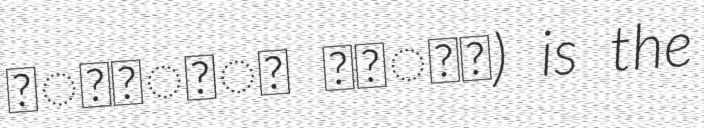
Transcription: সংস্কৃত কলেজ) is the